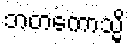
ဘတကောသ္မိ